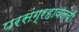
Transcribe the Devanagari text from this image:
परसंग्रहावलंबी